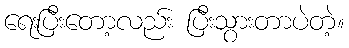
ရေးပြီးတော့လည်း ပြီးသွားတာပဲတဲ့။